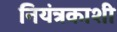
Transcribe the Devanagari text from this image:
नियंत्रकाशी